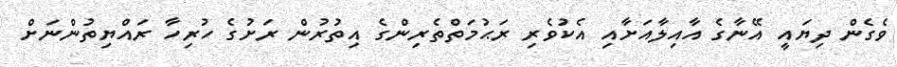
ވެގެން ދިޔައީ އޭނާގެ އާއިލާއަށާއި އެކުވެރި ރަޙުމަތްތެރިންގެ އިތުރުން ރަށުގެ ހުރިހާ ރައްޔިތުންނަށް